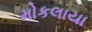
મોકલાયા